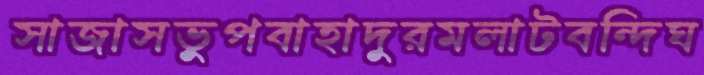
সাজাসভুপবাহাদুরমলাটবন্দিঘ